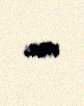
var.